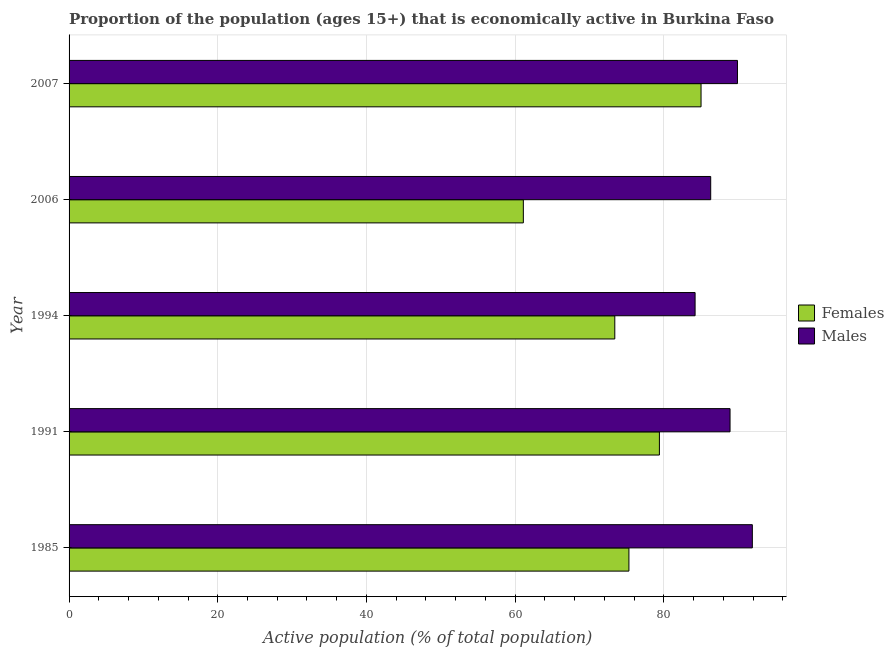
| Year | Females | Males |
 | --- | --- | --- |
 | 1985 | 75.3 | 91.9 |
 | 1991 | 79.4 | 88.9 |
 | 1994 | 73.4 | 84.2 |
 | 2006 | 61.1 | 86.3 |
 | 2007 | 85 | 89.9 |